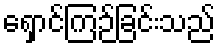
ရှောင်ကြဉ်ခြင်းသည်